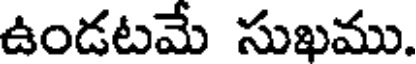
ఉండటమే సుఖము.